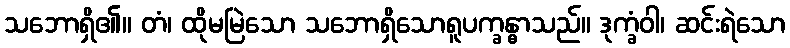
သဘောရှိ၏။ တံ၊ ထိုမမြဲသော သဘောရှိသောရူပက္ခန္ဓာသည်။ ဒုက္ခံဝါ၊ ဆင်းရဲသော